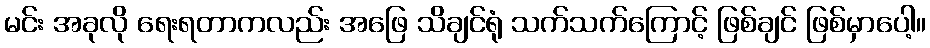
မင်း အခုလို ရေးရတာကလည်း အဖြေ သိချင်ရုံ သက်သက်ကြောင့် ဖြစ်ချင် ဖြစ်မှာပေါ့။